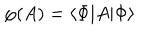
LaTeX: \mathcal { \varphi } ( A ) = \left\langle \Phi | A | \Phi \right\rangle